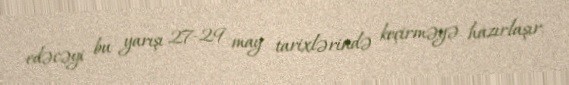
edəcəyi bu yarışı 27-29 may tarixlərində keçirməyə hazırlaşır.